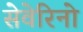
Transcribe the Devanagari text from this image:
सेवेरिनो